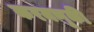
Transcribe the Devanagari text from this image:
करमणूकी